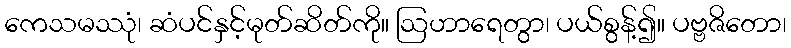
ကေသမဿုံ၊ ဆံပင်နှင့်မုတ်ဆိတ်ကို။ ဩဟာရေတွာ၊ ပယ်စွန့်၍။ ပဗ္ဗဇိတော၊